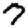
Digit: 7